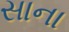
સાના